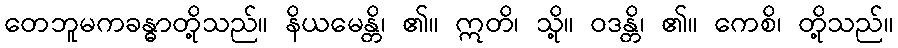
တေဘူမကခန္ဓာတို့သည်။ နိယမေန္တိ၊ ၏။ ဣတိ၊ သို့။ ဝဒန္တိ၊ ၏။ ကေစိ၊ တို့သည်။